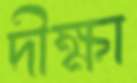
দীক্ষা